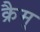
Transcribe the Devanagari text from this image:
क्रैम्